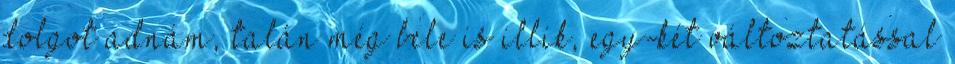
dolgot adnám, talán még bele is illik, egy-két változtatással